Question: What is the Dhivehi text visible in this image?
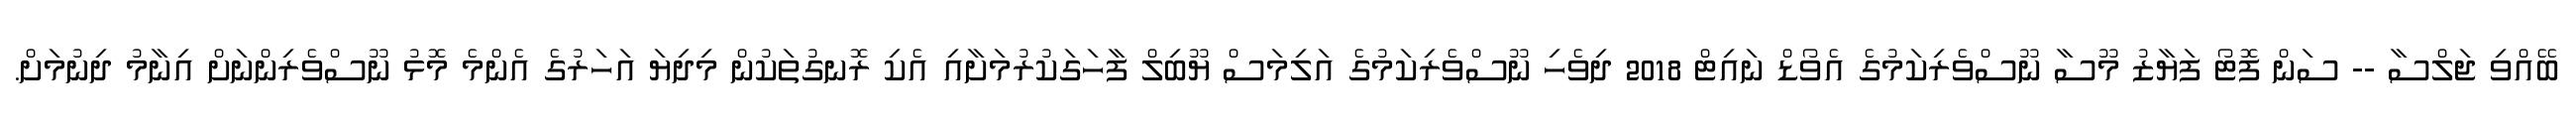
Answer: ބޭއްވި ޖަލްސާ -- ސަން ފޮޓޯ ފަޔާޒު މޫސާ ނޫސްވެރިކަމުގެ އެވޯޑް ނައިޓް 2018 ދިވެހި ނޫސްވެރިކަމުގެ އަލިމަސް ޔޫބިލް ފާހަގަކުރުމަށާއި އެކި ރޮނގުތަކުން މިދިޔަ އަހަރުގެ އެންމެ މޮޅު ނޫސްވެރިންނަށް އިނާމު ދިނުމަށް.